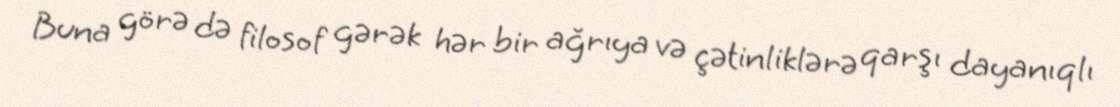
Buna görə də filosof gərək hər bir ağrıya və çətinliklərə qarşı dayanıqlı